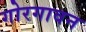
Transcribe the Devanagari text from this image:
गोरगावन